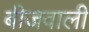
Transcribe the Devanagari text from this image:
बीजवाली